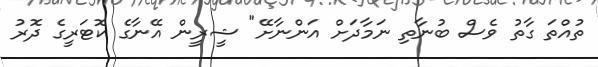
ތުއްތަ ގާތު ވެސް ބުނާތި ނަމާދަށް އަންނާށޭ" ޝީރީން އޭނާގެ ކޮޓަރީގެ ދޮރު